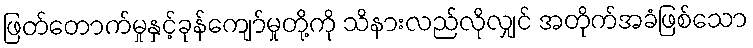
ဖြတ်တောက်မှုနှင့်ခုန်ကျော်မှုတို့ကို သိနားလည်လိုလျှင် အတိုက်အခံဖြစ်သော